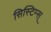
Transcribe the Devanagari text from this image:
सिस्टिम्स्